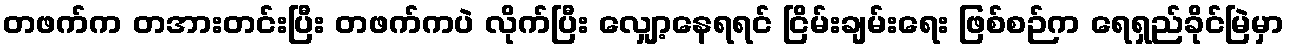
တဖက်က တအားတင်းပြီး တဖက်ကပဲ လိုက်ပြီး လျှော့နေရရင် ငြိမ်းချမ်းရေး ဖြစ်စဉ်က ရေရှည်ခိုင်မြဲမှာ